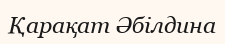
Қарақат Әбілдина